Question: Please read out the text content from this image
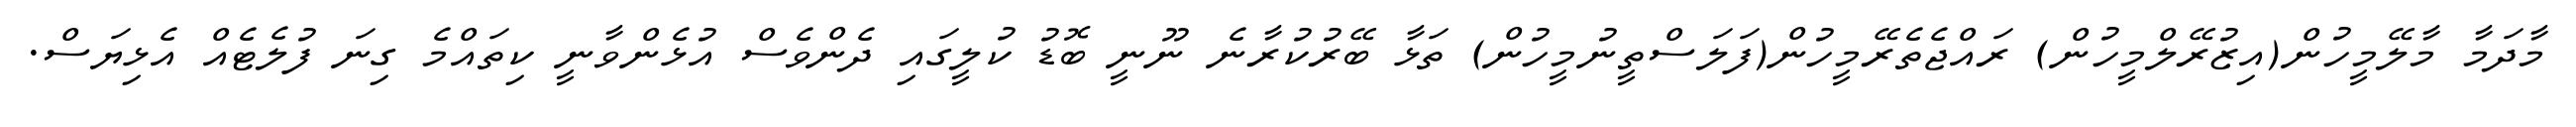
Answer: މާދަމާ މާލޭމީހުން(އިޒުރޭލްމީހުން) ރައްޖެތެރޭމީހުން(ފަލަސްތީނުމީހުން) ތަޅާ ބޭރުކުރާނެ ނޫނީ ބޮޑު ކުލީގައި ދެންވެސް އުޅެންވާނީ ކިތައްމެ ގިނަ ފުލެޓެއް އެޅިޔަސް.